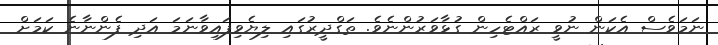
ނަމަވެސް އެކަން ނުވީ ރައްޓެހިން ގުޅާވަރުންނެވެ. ތަގްދީރުގައި ލިޔެވިފައިވާނަމަ އަދި ފެންނާނެ ކަމަށް